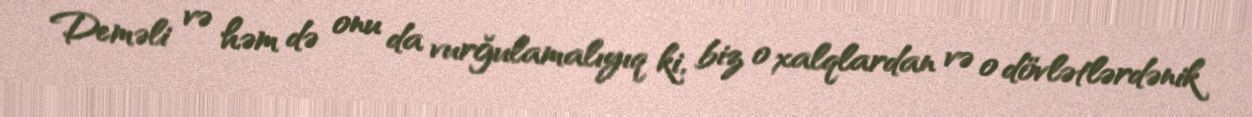
Deməli və həm də onu da vurğulamalıyıq ki, biz o xalqlardan və o dövlətlərdənik